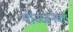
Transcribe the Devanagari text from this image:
योञ्जनका